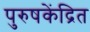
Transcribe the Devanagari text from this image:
पुरुषकेंद्रित